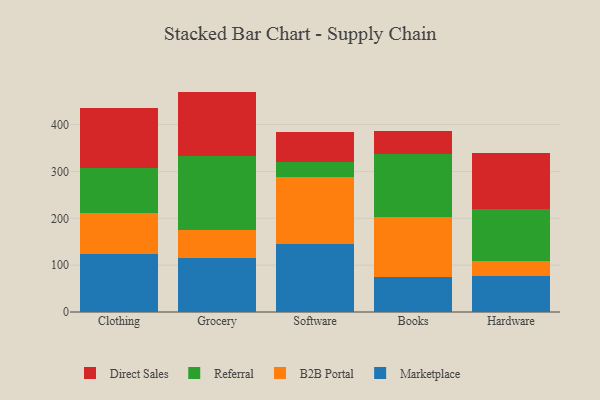
{"axis": {"x": "Category", "y": "Gross Profit (USD K)"}, "legend": ["B2B Portal", "Direct Sales", "Marketplace", "Referral"], "data": [{"x": "Clothing", "y": 122.8, "type": "Marketplace"}, {"x": "Clothing", "y": 88.8, "type": "B2B Portal"}, {"x": "Clothing", "y": 94.8, "type": "Referral"}, {"x": "Clothing", "y": 128.4, "type": "Direct Sales"}, {"x": "Grocery", "y": 116.0, "type": "Marketplace"}, {"x": "Grocery", "y": 59.9, "type": "B2B Portal"}, {"x": "Grocery", "y": 156.9, "type": "Referral"}, {"x": "Grocery", "y": 137.7, "type": "Direct Sales"}, {"x": "Software", "y": 145.2, "type": "Marketplace"}, {"x": "Software", "y": 143.1, "type": "B2B Portal"}, {"x": "Software", "y": 31.4, "type": "Referral"}, {"x": "Software", "y": 65.4, "type": "Direct Sales"}, {"x": "Books", "y": 74.1, "type": "Marketplace"}, {"x": "Books", "y": 129.6, "type": "B2B Portal"}, {"x": "Books", "y": 133.8, "type": "Referral"}, {"x": "Books", "y": 48.4, "type": "Direct Sales"}, {"x": "Hardware", "y": 76.4, "type": "Marketplace"}, {"x": "Hardware", "y": 32.3, "type": "B2B Portal"}, {"x": "Hardware", "y": 112.0, "type": "Referral"}, {"x": "Hardware", "y": 117.7, "type": "Direct Sales"}]}